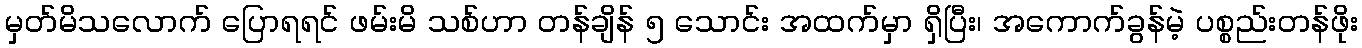
မှတ်မိသလောက် ပြောရရင် ဖမ်းမိ သစ်ဟာ တန်ချိန် ၅ သောင်း အထက်မှာ ရှိပြီး၊ အကောက်ခွန်မဲ့ ပစ္စည်းတန်ဖိုး